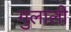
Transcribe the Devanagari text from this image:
गुलाली